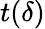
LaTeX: t(\delta)